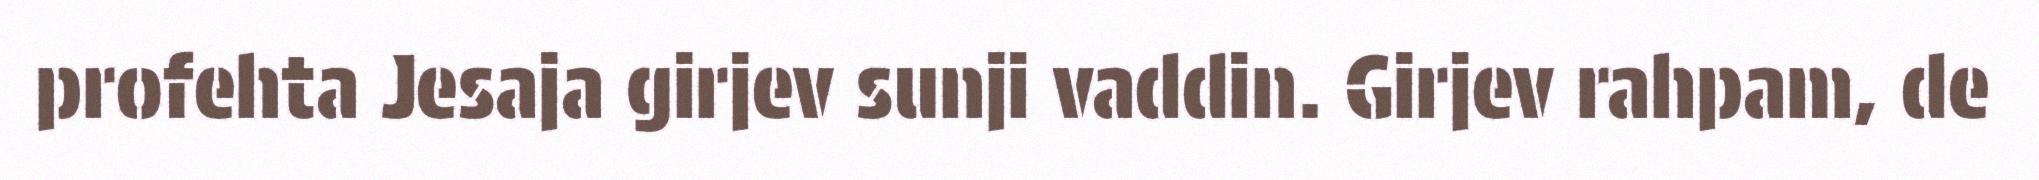
profehta Jesaja girjev sunji vaddin. Girjev rahpam, de